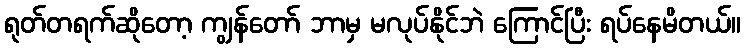
ရုတ်တရက်ဆိုတော့ ကျွန်တော် ဘာမှ မလုပ်နိုင်ဘဲ ကြောင်ပြီး ရပ်နေမိတယ်။